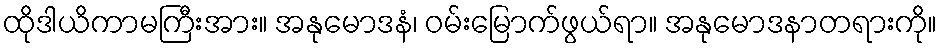
ထိုဒါယိကာမကြီးအား။ အနုမောဒနံ၊ ဝမ်းမြောက်ဖွယ်ရာ။ အနုမောဒနာတရားကို။